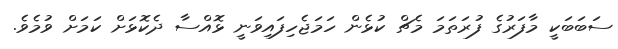
ސަބަބަކީ މާފަރުގެ ފުރަތަމަ މެޗް ކުޅެން ހަމަޖެހިފައިވަނީ ޅޮއްސާ ދެކޮޅަށް ކަމަށް ވުމެވެ.